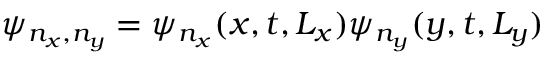
\psi _ { n _ { x } , n _ { y } } = \psi _ { n _ { x } } ( x , t , L _ { x } ) \psi _ { n _ { y } } ( y , t , L _ { y } )